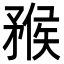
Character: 䂉